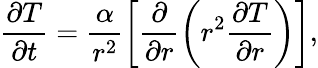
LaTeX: \frac{\partial T}{\partial t}=\frac{\alpha}{r^{2}}\left[\frac{\partial}{\partial r}\left(r^{2}\frac{\partial T}{\partial r}\right)\right],